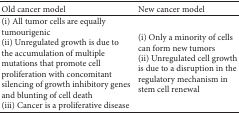
<table><thead><tr><td><b>Old cancer model </b></td><td><b>New cancer model</b></td></tr></thead><tbody><tr><td>(i) All tumor cells are equally tumourigenic(ii) Unregulated growth is due to the accumulation of multiple mutations that promote cell proliferation with concomitant silencing of growth inhibitory genes and blunting of cell death(iii) Cancer is a proliferative disease</td><td>(i) Only a minority of cells can form new tumors(ii) Unregulated cell growth is due to a disruption in the regulatory mechanism in stem cell renewal</td></tr></tbody></table>